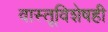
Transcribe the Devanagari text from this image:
वास्तूविशेषही